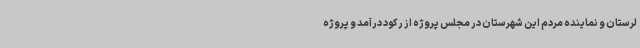
لرستان و نماینده مردم این شهرستان در مجلس پروژه از رکود درآمد و پروژه